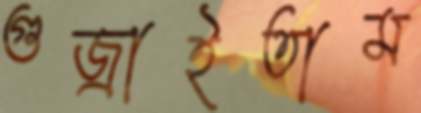
গুজ্‌রাইতাম